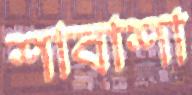
শাবাশা